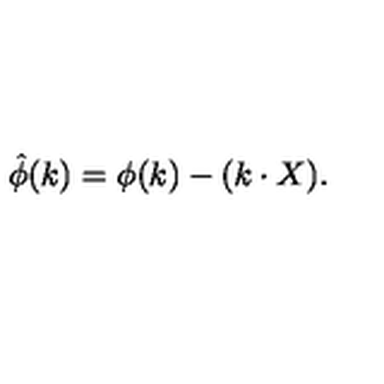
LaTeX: { \hat { \phi } } ( k ) = \phi ( k ) - ( k \cdot X ) .